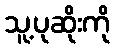
သူ့ပုဆိုးကို